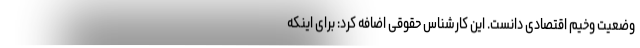
وضعیت وخیم اقتصادی دانست. این کارشناس حقوقی اضافه کرد: برای اینکه